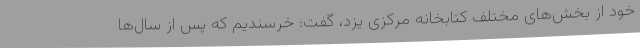
خود از بخش‌های مختلف کتابخانه مرکزی یزد، گفت: خرسندیم که پس از سال‌ها